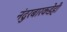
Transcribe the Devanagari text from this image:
नंदुरबारकडेही